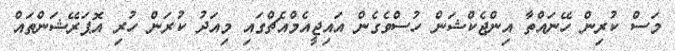
މަސް ކުރިން ހޭނައްތާ އިންޖެކްޝަން ހުސްވެގެން އައިޖީއެމްއެޗްގައި މިއަދު ކުރަން ހުރި އޮޕަރޭޝަންތައް